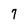
Character: 7